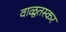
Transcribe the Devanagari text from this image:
वाळूतस्कर